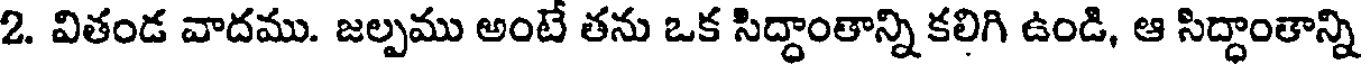
2. వితండ వాదము. జల్పము అంటే తను ఒక సిద్ధాంతాన్ని కలిగి ఉండి, ఆ సిద్ధాంతాన్ని